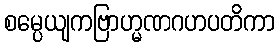
စမ္ပေယျကဗြာဟ္မဏဂဟပတိကာ